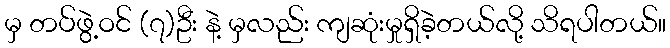
မှ တပ်ဖွဲ့ဝင် (၇)ဦး နဲ့ မှလည်း ကျဆုံးမှုရှိခဲ့တယ်လို့ သိရပါတယ်။